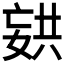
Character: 𫱏